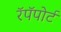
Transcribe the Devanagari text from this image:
रॅपॅपोर्ट